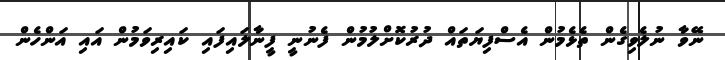
ނޭވާ ނުލެވިގެން ތެޅެމުން އެސްފިޔަތައް ދުރުކޮށްލުމުން ފެނުނީ ފީނާލައިފައި ކައިރިވަމުން އައި އަންހެން